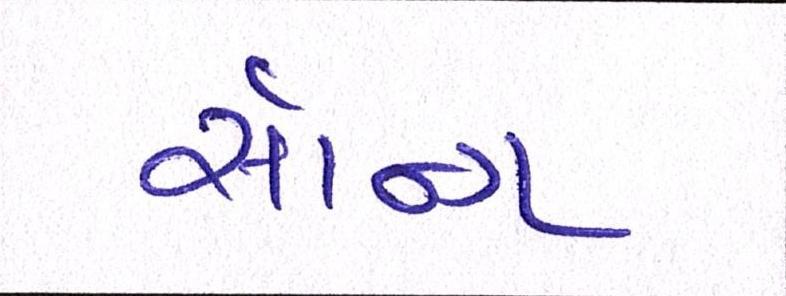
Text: સૉન્ગ